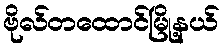
ဗိုလ်တထောင်မြို့နယ်